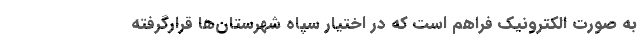
به صورت الکترونیک فراهم است که در اختیار سپاه شهرستان‌ها قرارگرفته